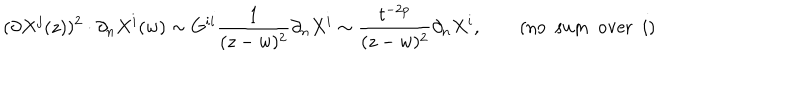
LaTeX: ( \partial X ^ { j } ( z ) ) ^ { 2 } \cdot \partial _ { n } X ^ { i } ( w ) \sim G ^ { i i } \frac { 1 } { ( z - w ) ^ { 2 } } \partial _ { n } X ^ { i } \sim \frac { t ^ { - 2 p } } { ( z - w ) ^ { 2 } } \partial _ { n } X ^ { i } , \qquad ( \mathrm { n o } ~ ~ \mathrm { s u m } ~ ~ \mathrm { o v e r } ~ ~ i )